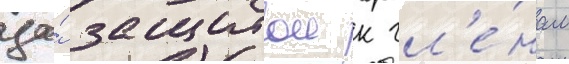
за́ защитои к чл'е́нам